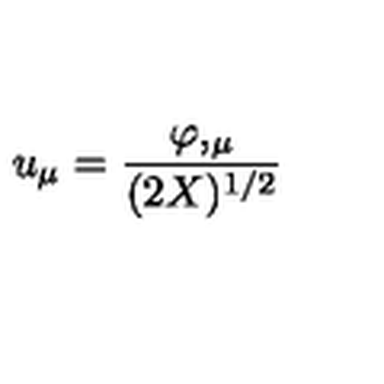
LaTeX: u _ { \mu } = { \frac { \varphi , _ { \mu } } { ( 2 X ) ^ { 1 / 2 } } }